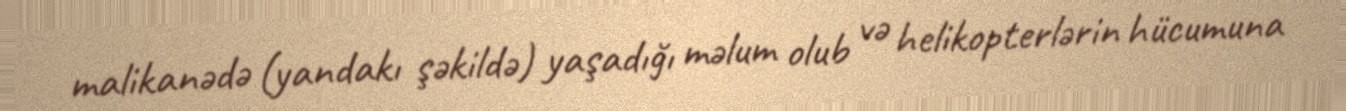
malikanədə (yandakı şəkildə) yaşadığı məlum olub və helikopterlərin hücumuna